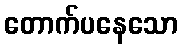
တောက်ပနေသော